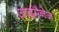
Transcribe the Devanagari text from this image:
आईमैनेज